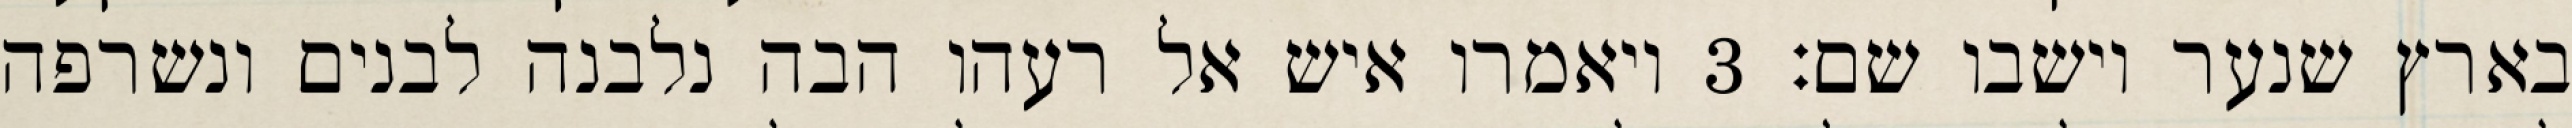
בארץ שנער וישבו שם׃ ‎3‏ ויאמרו איש אל רעהו הבה נלבנה לבנים ונשרפה